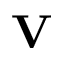
\mathbf { V }